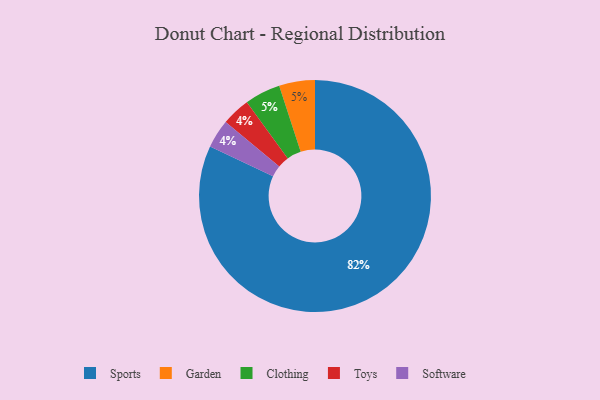
{"axis": {"x": "Category", "y": "Percentage"}, "legend": ["Clothing", "Garden", "Software", "Sports", "Toys"], "data": [{"x": "Toys", "y": 4, "type": "Toys"}, {"x": "Software", "y": 4, "type": "Software"}, {"x": "Garden", "y": 5, "type": "Garden"}, {"x": "Sports", "y": 82, "type": "Sports"}, {"x": "Clothing", "y": 5, "type": "Clothing"}]}